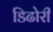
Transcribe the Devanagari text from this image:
डिढोरी